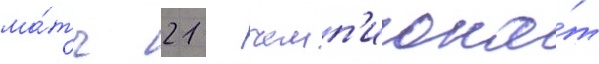
ма́тч 21 - чемп'иона́т